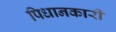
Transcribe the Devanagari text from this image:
पिधानकारी